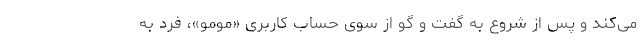
می‌کند و پس از شروع به گفت و گو از سوی حساب کاربری «مومو»، فرد به